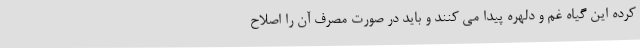
کرده این گیاه غم و دلهره پیدا می کنند و باید در صورت مصرف آن را اصلاح